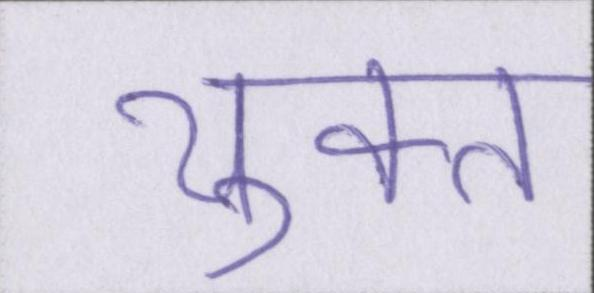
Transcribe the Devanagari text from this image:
युक्त